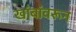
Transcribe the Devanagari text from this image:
खांबांवरून